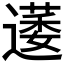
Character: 𮟋